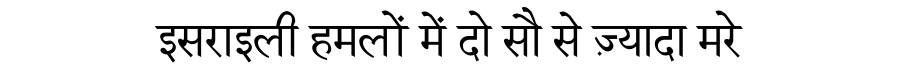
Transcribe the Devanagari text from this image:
इसराइली हमलों में दो सौ से ज़्यादा मरे